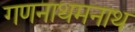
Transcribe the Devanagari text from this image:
गणनाथमनाथ